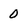
Character: 0